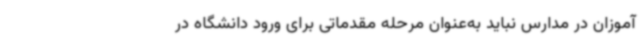
آموزان در مدارس نباید به‌عنوان مرحله مقدماتی برای ورود دانشگاه در